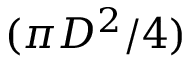
( \pi D ^ { 2 } / 4 )